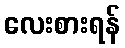
လေးစားရန်